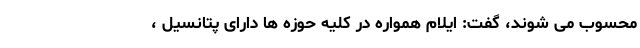
محسوب می شوند، گفت: ایلام همواره در کلیه حوزه ها دارای پتانسیل ،